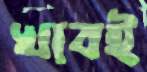
খাবই